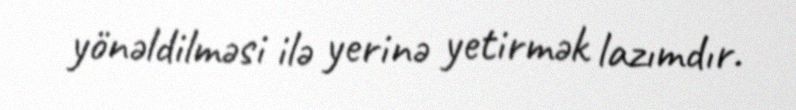
yönəldilməsi ilə yerinə yetirmək lazımdır.